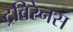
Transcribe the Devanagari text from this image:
ट्रविरेनस